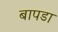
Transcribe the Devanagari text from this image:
बापडा